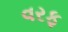
વરફ